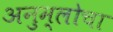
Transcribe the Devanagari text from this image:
अनुम्लोचा